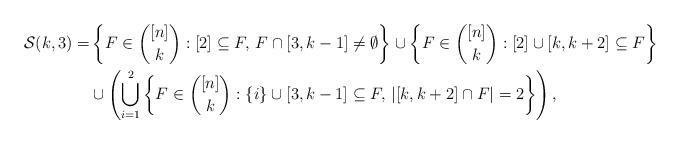
LaTeX: \begin{align*}\mathcal S(k,3)= &\left\{F\in\binom{[n]}{k}:[2]\subseteq F,\, F\cap[3,k-1]\neq\emptyset\right\}\cup\left\{F\in\binom{[n]}{k}:[2]\cup[k,k+2]\subseteq F\right\}\\&\cup\left(\bigcup_{i=1}^{2}\left\{F\in\binom{[n]}{k}:\{i\}\cup [3,k-1]\subseteq F,\, |[k,k+2]\cap F|=2\right\}\right),\end{align*}